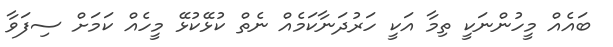
ބައެއް މީހުންނަކީ ތިމާ އަކީ ހަރުދަނާކަމެއް ނެތް ކުޅޭކުޅޭ މީހެއް ކަމަށް ސިފަވާ